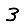
Digit: 3